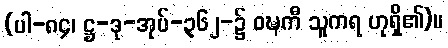
(ပါ-၈၄၊ ဋ္ဌ-ဒု-အုပ်-၃၆၂-၌ ဝဍ္ဎကီ သူကရ ဟုရှိ၏)။